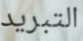
التبريد